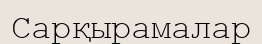
Сарқырамалар